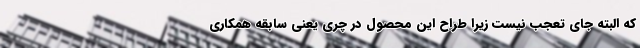
که البته جای تعجب نیست زیرا طراح این محصول در چری یعنی سابقه همکاری